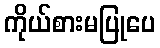
ကိုယ်စားမပြုပေ